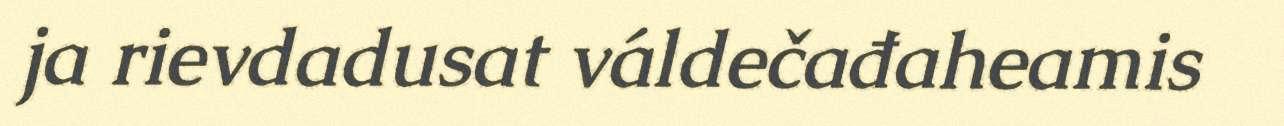
ja rievdadusat váldečađaheamis